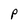
Character: P